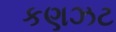
કણઝટ